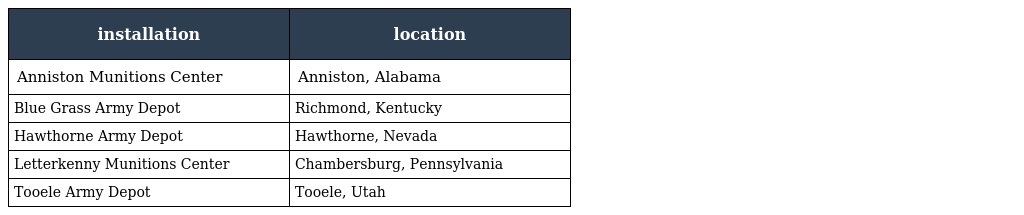
| installation | location |
 | --- | --- |
 | Anniston Munitions Center | Anniston, Alabama |
 | Blue Grass Army Depot | Richmond, Kentucky |
 | Hawthorne Army Depot | Hawthorne, Nevada |
 | Letterkenny Munitions Center | Chambersburg, Pennsylvania |
 | Tooele Army Depot | Tooele, Utah |